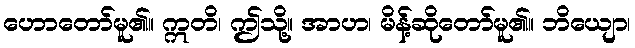
ဟောတော်မူ၏။ ဣတိ၊ ဤသို့။ အာဟ၊ မိန့်ဆိုတော်မူ၏။ ဘိယျော၊